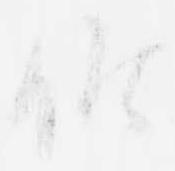
候